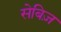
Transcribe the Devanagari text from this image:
सेबिज़